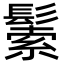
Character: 𩮛